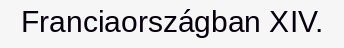
Franciaországban XIV.